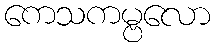
ကေသကမ္ဗလော